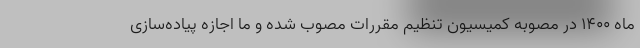
ماه ۱۴۰۰ در مصوبه کمیسیون تنظیم مقررات مصوب شده و ما اجازه پیاده‌سازی